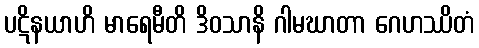
ပဋိနယာဟိ မာရေမီတိ ဒိဝသာနိ ဂါမဃာတာ ဂေဟဿိတံ